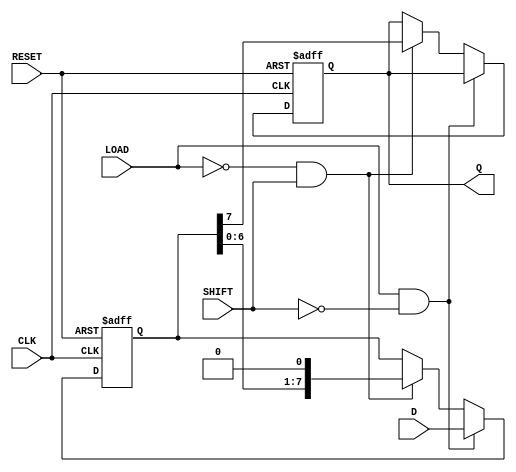
module PISO_Register #(parameter WIDTH = 8) (
    input wire [WIDTH-1:0] D,        // Parallel data input
    input wire LOAD,                  // Load control signal
    input wire SHIFT,                 // Shift control signal
    input wire CLK,                   // Clock signal
    input wire RESET,                 // Asynchronous reset signal
    output reg Q                     // Serial output
);

    // Internal shift register
    reg [WIDTH-1:0] shift_reg;

    always @(posedge CLK or posedge RESET) begin
        if (RESET) begin
            // Clear the shift register on reset
            shift_reg <= {WIDTH{1'b0}};
            Q <= 1'b0; // Reset serial output
        end else if (LOAD && !SHIFT) begin
            // Load data into the shift register
            shift_reg <= D;
        end else if (!LOAD && SHIFT) begin
            // Shift data out serially
            Q <= shift_reg[WIDTH-1]; // Output the MSB
            shift_reg <= {shift_reg[WIDTH-2:0], 1'b0}; // Shift left
        end
        // If both LOAD and SHIFT are high, no operation is performed (priority to LOAD)
    end

endmodule